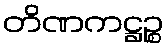
တိဏကဋ္ဌဉ္စ